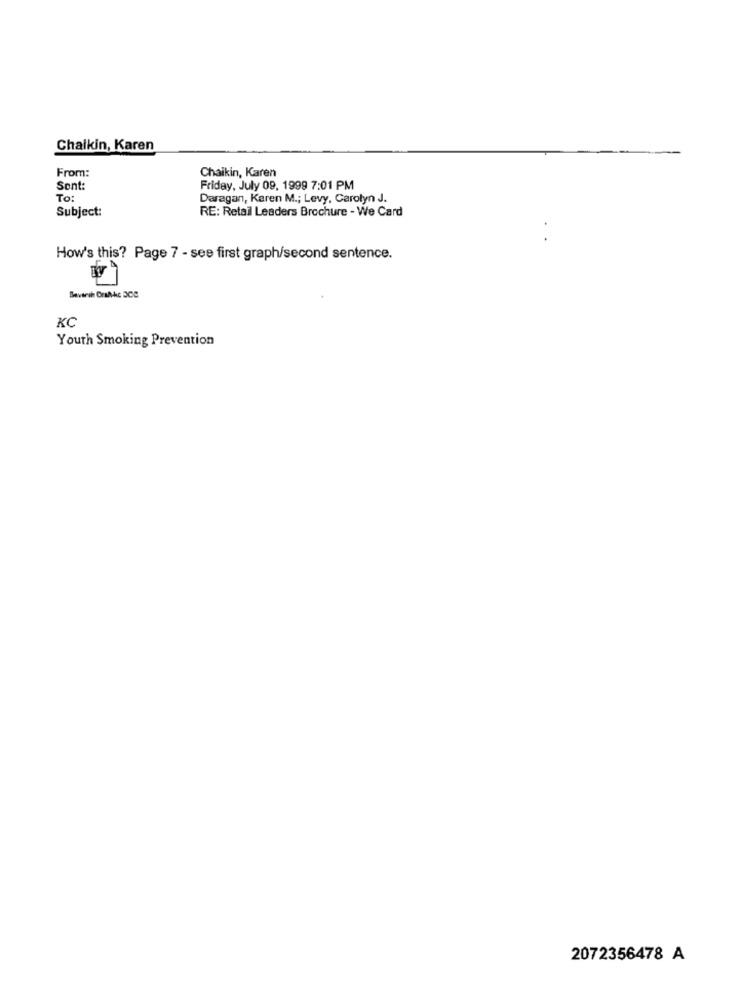
Chalkin, Karen
From:
Chaikin, Karen
Sent:
Friday, July 09, 1999 7:01 PM
To:
Daragan, Karen M .; Levy, Carolyn J.
Subject:
RE: Retail Leaders Brochure - We Card
How's this? Page 7 - see first graph/second sentence.
73
KC
Youth Smoking Prevention
2072356478 A